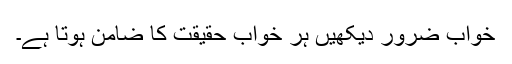
خواب ضرور دیکھیں ہر خواب حقیقت کا ضامن ہوتا ہے۔